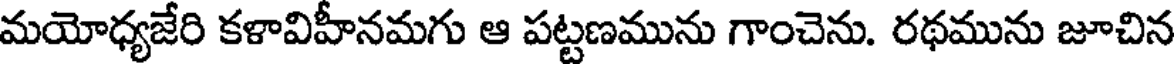
మయోధ్యజేరి కళావిహీనమగు ఆ పట్టణమును గాంచెను. రథమును జూచిన